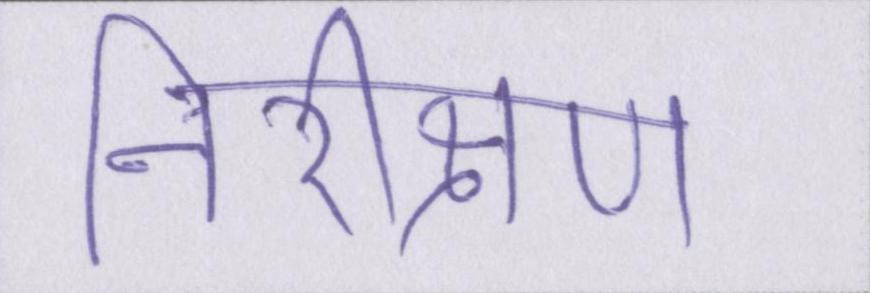
निरीक्षण